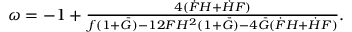
\begin{array} { r } { \omega = - 1 + \frac { 4 ( \dot { F } H + \dot { H } F ) } { f ( 1 + \bar { G } ) - 1 2 F H ^ { 2 } ( 1 + \bar { G } ) - 4 \bar { G } ( \dot { F } H + \dot { H } F ) } . } \end{array}